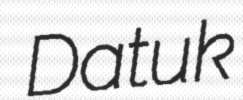
Datuk